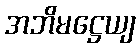
အဘိမဋ္ဌေယျ